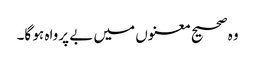
وہ صحیح معنوں میں‌ بے پرواہ ہو گا۔